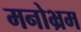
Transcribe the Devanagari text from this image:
मनोभ्रम